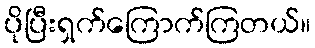
ပိုပြီးရှက်ကြောက်ကြတယ်။